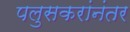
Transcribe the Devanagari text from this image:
पलुसकरांनंतर